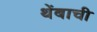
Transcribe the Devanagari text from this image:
थेंबाची